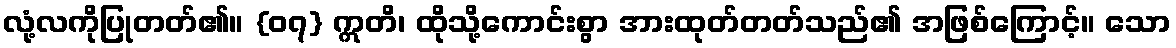
လုံ့လကိုပြုတတ်၏။ {၀၇} ဣတိ၊ ထိုသို့ကောင်းစွာ အားထုတ်တတ်သည်၏ အဖြစ်ကြောင့်။ သော